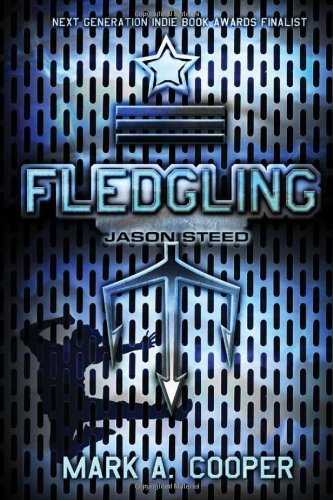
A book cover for Fledgling: Jason Steed; Mark A. Cooper; Children's Books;